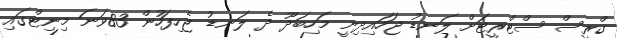
ގްރީސް ސްޓްރީޓަށް ލަނޑު ޖަހައިދިނީ މަހިބަދޫ ދެ ލަނޑު ޖެހިފަހުން 83ވަނަ މިނިޓްގައި